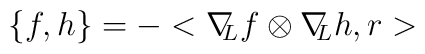
\{ f,h\} =-<\nabla \!\! _{L}f\otimes \nabla \! \! _{L}h,r>